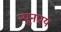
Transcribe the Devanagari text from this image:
न्यूनप्राय